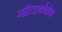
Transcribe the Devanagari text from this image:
गीतार्थबोध